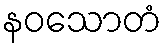
နဝသောတံ